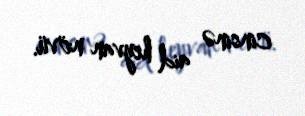
cinsinə aid heyvan növü.